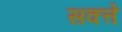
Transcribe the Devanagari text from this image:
सक्त्ते